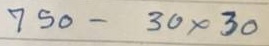
750 - 30 x 30